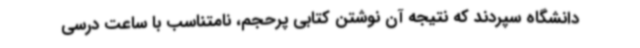
دانشگاه سپردند که نتیجه آن نوشتن کتابی پرحجم، نامتناسب با ساعت درسی